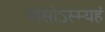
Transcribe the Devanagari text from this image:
दासोऽस्म्यहं